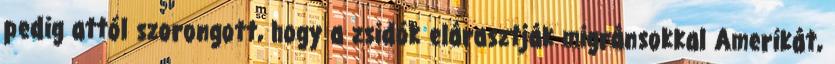
pedig attól szorongott, hogy a zsidók elárasztják migránsokkal Amerikát,